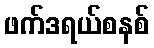
ဖက်ဒရယ်စနစ်